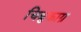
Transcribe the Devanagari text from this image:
चिबुकाग्र